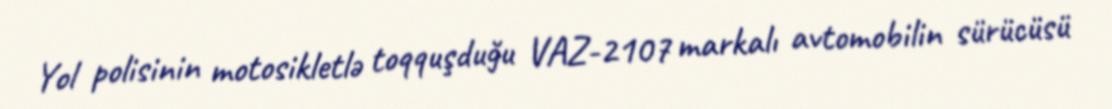
Yol polisinin motosikletlə toqquşduğu VAZ-2107 markalı avtomobilin sürücüsü